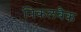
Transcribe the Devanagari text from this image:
निकलबैक